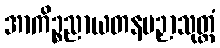
အာကိဉ္စညာယတနပဉှာသုတ္တံ